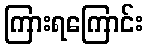
ကြားရကြောင်း